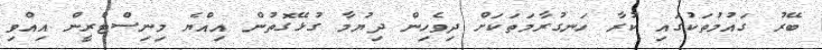
ބޭރު ގައުމުތަކުގައި ކުރާ ހަނގުރާމަތަކަށް ދިވެހިން ދިޔުމާ ގުޅޭގޮތުން އިއްޔެ މިނިސްޓްރީން އިއްވި